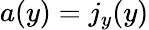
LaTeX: a(y)=j_{y}(y)